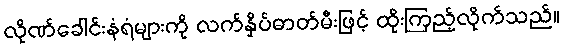
လိုဏ်ခေါင်းနံရံများကို လက်နှိပ်ဓာတ်မီးဖြင့် ထိုးကြည့်လိုက်သည်။